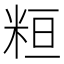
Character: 𥹚